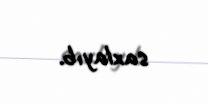
saxlayıb.